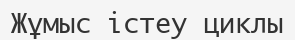
Жұмыс істеу циклы